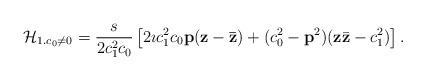
LaTeX: \begin{align*}{\cal H}_{1.c_0\neq0}=\frac{s}{2c^2_1c_0}\left[ 2\imath c^2_1c_0 {\bf p}({\bf z}-{\bf{\bar z}}) +(c^2_0 -{\bf p}^2)({\bf z}{\bar{\bf z}}-c^2_1)\right].\end{align*}